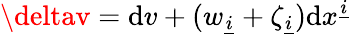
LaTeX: \deltav=\mathrm{d}v+(w_{\underline{{{{i}}}}}+\zeta_{\underline{{{{i}}}}})\mathrm{d}x^{\underline{{{{i}}}}}